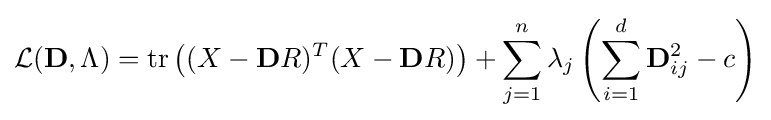
{\mathcal {L}}(\mathbf {D} ,\Lambda )={\text{tr}}\left((X-\mathbf {D} R)^{T}(X-\mathbf {D} R)\right)+\sum _{j=1}^{n}\lambda _{j}\left({\sum _{i=1}^{d}\mathbf {D} _{ij}^{2}-c}\right)